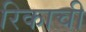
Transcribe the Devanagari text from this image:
रिकाची